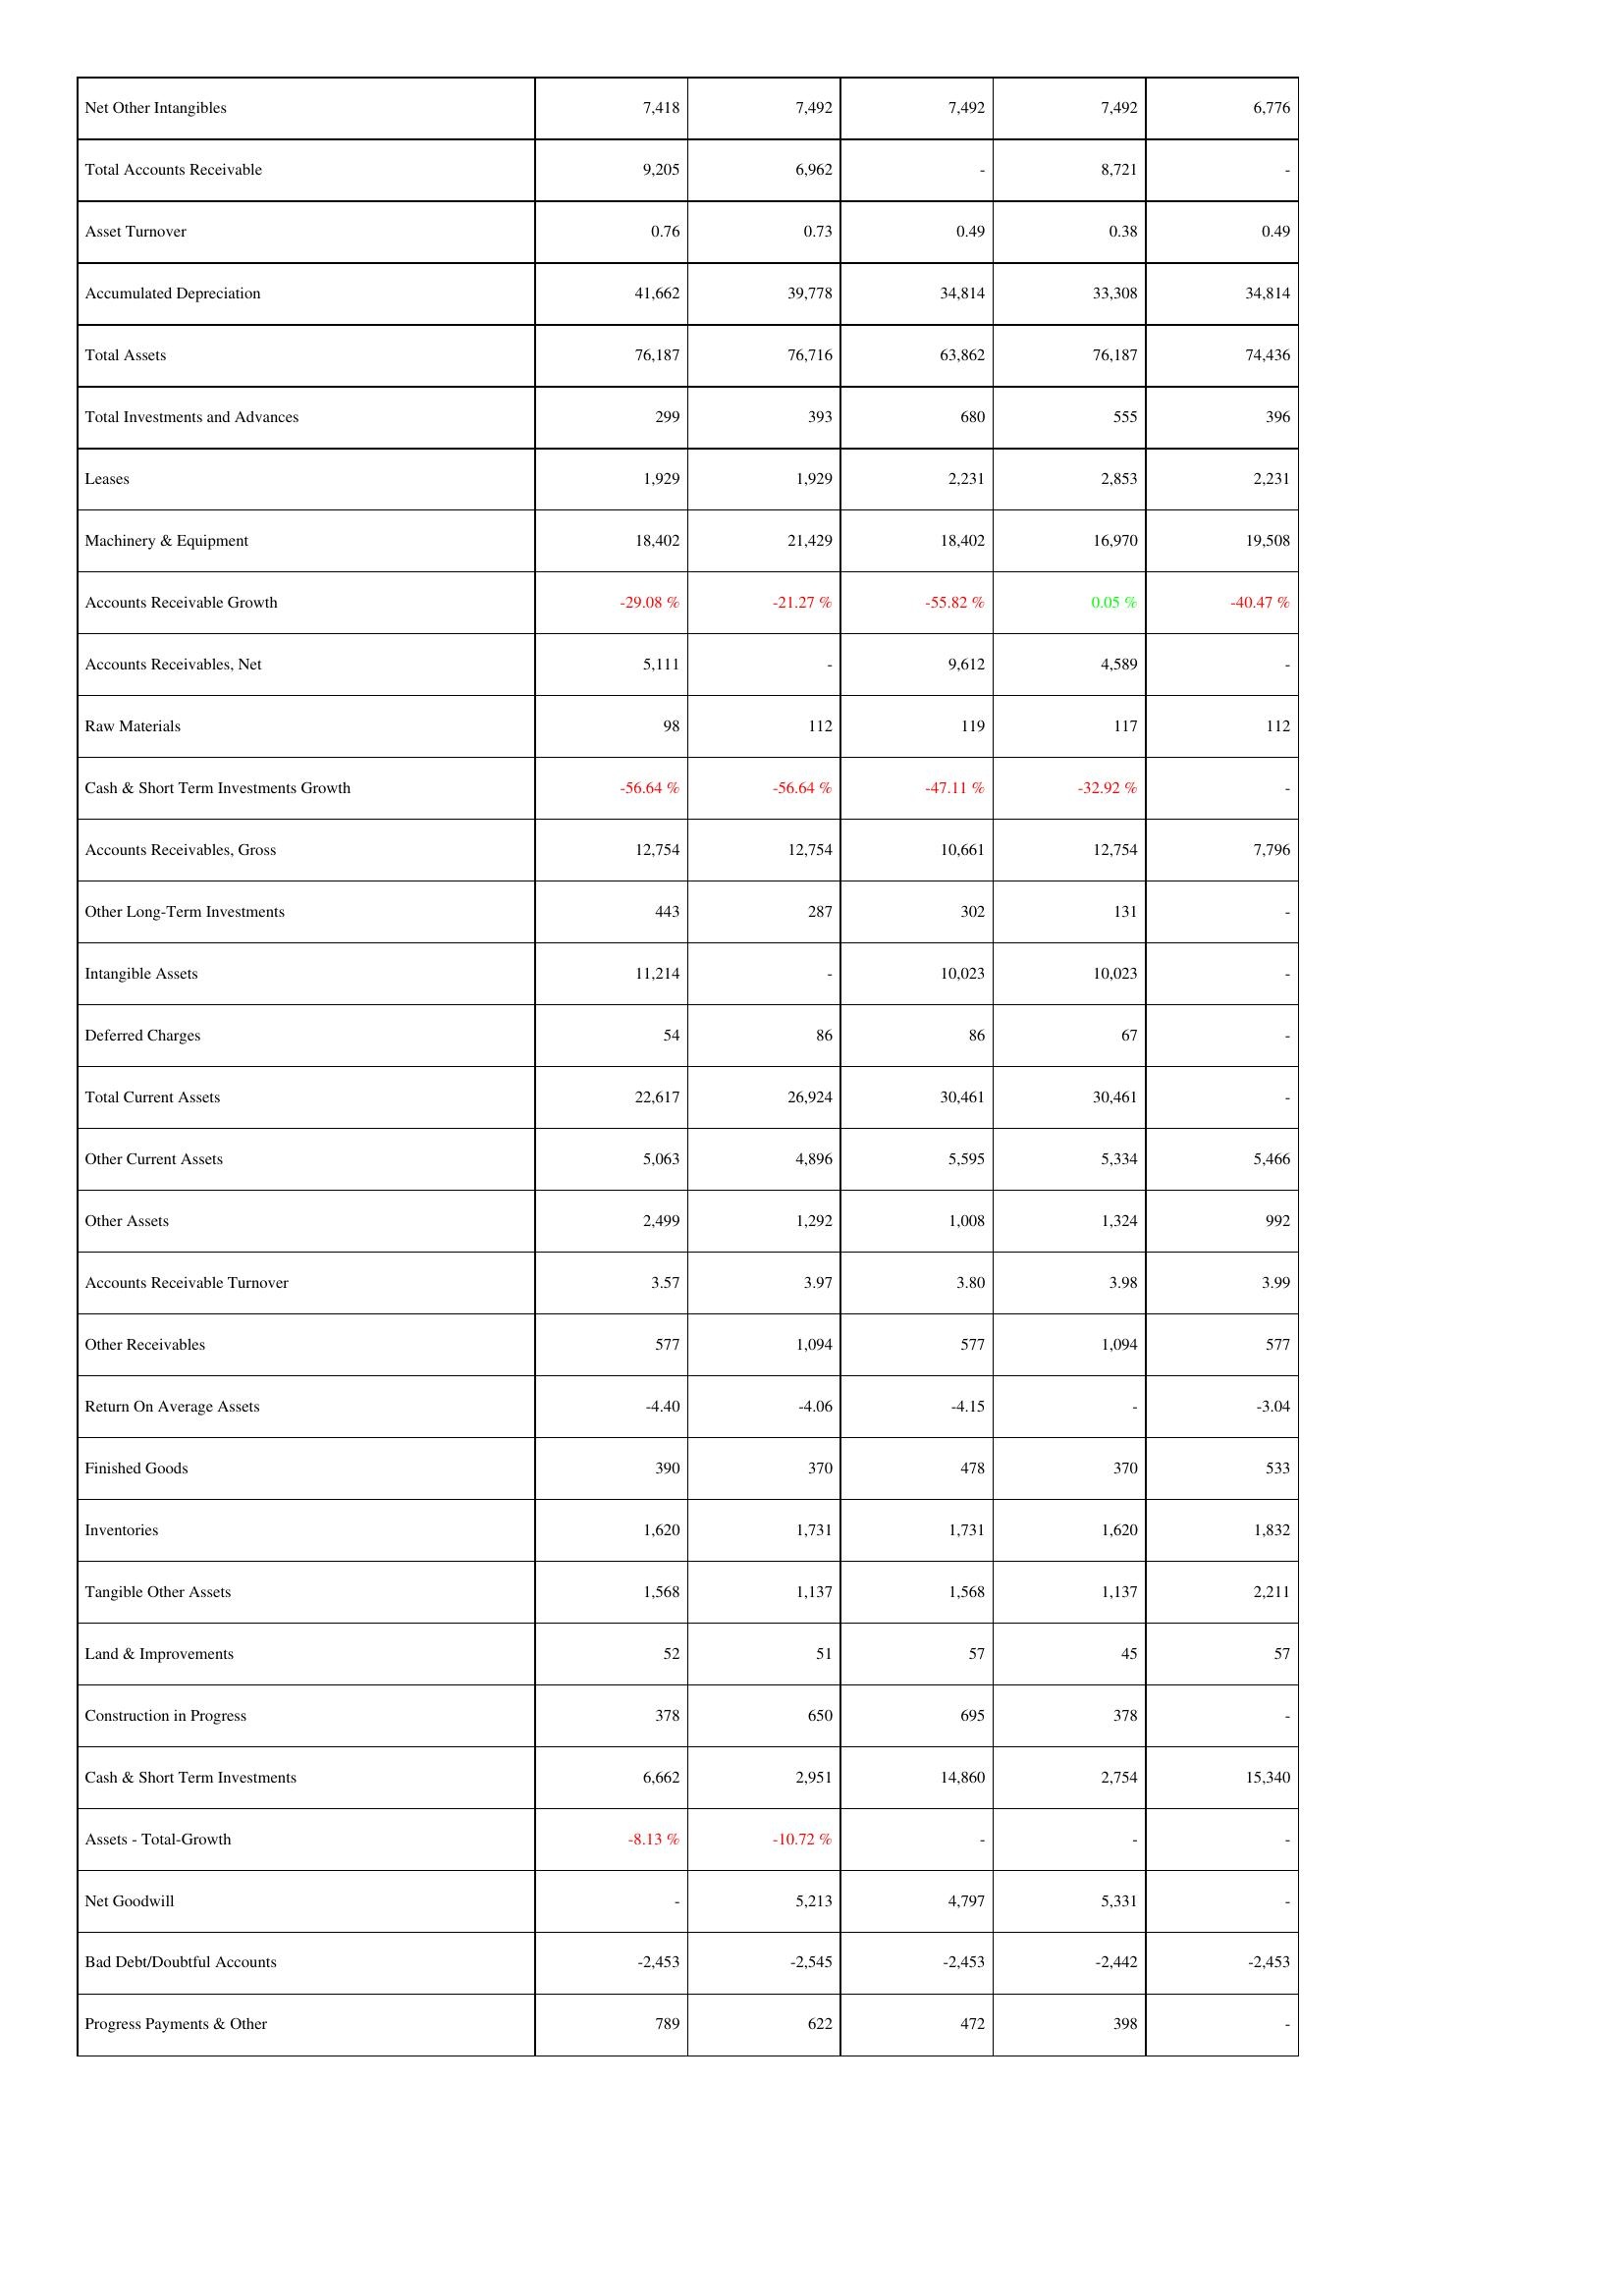
2010: Assets: Net Other Intangibles: 7,418
Total Accounts Receivable: 9,205
Asset Turnover: 0.76
Accumulated Depreciation: 41,662
Total Assets: 76,187
Total Investments and Advances: 299
Leases: 1,929
Machinery & Equipment: 18,402
Accounts Receivable Growth: -29.08 %
Accounts Receivables, Net: 5,111
Raw Materials: 98
Cash & Short Term Investments Growth: -56.64 %
Accounts Receivables, Gross: 12,754
Other Long-Term Investments: 443
Intangible Assets: 11,214
Deferred Charges: 54
Total Current Assets: 22,617
Other Current Assets: 5,063
Other Assets: 2,499
Accounts Receivable Turnover: 3.57
Other Receivables: 577
Return On Average Assets: -4.40
Finished Goods: 390
Inventories: 1,620
Tangible Other Assets: 1,568
Land & Improvements: 52
Construction in Progress: 378
Cash & Short Term Investments: 6,662
Assets - Total-Growth: -8.13 %
Net Goodwill: -
Bad Debt/Doubtful Accounts: -2,453
Progress Payments & Other: 789
2011: Assets: Net Other Intangibles: 7,492
Total Accounts Receivable: 6,962
Asset Turnover: 0.73
Accumulated Depreciation: 39,778
Total Assets: 76,716
Total Investments and Advances: 393
Leases: 1,929
Machinery & Equipment: 21,429
Accounts Receivable Growth: -21.27 %
Accounts Receivables, Net: -
Raw Materials: 112
Cash & Short Term Investments Growth: -56.64 %
Accounts Receivables, Gross: 12,754
Other Long-Term Investments: 287
Intangible Assets: -
Deferred Charges: 86
Total Current Assets: 26,924
Other Current Assets: 4,896
Other Assets: 1,292
Accounts Receivable Turnover: 3.97
Other Receivables: 1,094
Return On Average Assets: -4.06
Finished Goods: 370
Inventories: 1,731
Tangible Other Assets: 1,137
Land & Improvements: 51
Construction in Progress: 650
Cash & Short Term Investments: 2,951
Assets - Total-Growth: -10.72 %
Net Goodwill: 5,213
Bad Debt/Doubtful Accounts: -2,545
Progress Payments & Other: 622
2012: Assets: Net Other Intangibles: 7,492
Total Accounts Receivable: -
Asset Turnover: 0.49
Accumulated Depreciation: 34,814
Total Assets: 63,862
Total Investments and Advances: 680
Leases: 2,231
Machinery & Equipment: 18,402
Accounts Receivable Growth: -55.82 %
Accounts Receivables, Net: 9,612
Raw Materials: 119
Cash & Short Term Investments Growth: -47.11 %
Accounts Receivables, Gross: 10,661
Other Long-Term Investments: 302
Intangible Assets: 10,023
Deferred Charges: 86
Total Current Assets: 30,461
Other Current Assets: 5,595
Other Assets: 1,008
Accounts Receivable Turnover: 3.80
Other Receivables: 577
Return On Average Assets: -4.15
Finished Goods: 478
Inventories: 1,731
Tangible Other Assets: 1,568
Land & Improvements: 57
Construction in Progress: 695
Cash & Short Term Investments: 14,860
Assets - Total-Growth: -
Net Goodwill: 4,797
Bad Debt/Doubtful Accounts: -2,453
Progress Payments & Other: 472
2013: Assets: Net Other Intangibles: 7,492
Total Accounts Receivable: 8,721
Asset Turnover: 0.38
Accumulated Depreciation: 33,308
Total Assets: 76,187
Total Investments and Advances: 555
Leases: 2,853
Machinery & Equipment: 16,970
Accounts Receivable Growth: 0.05 %
Accounts Receivables, Net: 4,589
Raw Materials: 117
Cash & Short Term Investments Growth: -32.92 %
Accounts Receivables, Gross: 12,754
Other Long-Term Investments: 131
Intangible Assets: 10,023
Deferred Charges: 67
Total Current Assets: 30,461
Other Current Assets: 5,334
Other Assets: 1,324
Accounts Receivable Turnover: 3.98
Other Receivables: 1,094
Return On Average Assets: -
Finished Goods: 370
Inventories: 1,620
Tangible Other Assets: 1,137
Land & Improvements: 45
Construction in Progress: 378
Cash & Short Term Investments: 2,754
Assets - Total-Growth: -
Net Goodwill: 5,331
Bad Debt/Doubtful Accounts: -2,442
Progress Payments & Other: 398
2014: Assets: Net Other Intangibles: 6,776
Total Accounts Receivable: -
Asset Turnover: 0.49
Accumulated Depreciation: 34,814
Total Assets: 74,436
Total Investments and Advances: 396
Leases: 2,231
Machinery & Equipment: 19,508
Accounts Receivable Growth: -40.47 %
Accounts Receivables, Net: -
Raw Materials: 112
Cash & Short Term Investments Growth: -
Accounts Receivables, Gross: 7,796
Other Long-Term Investments: -
Intangible Assets: -
Deferred Charges: -
Total Current Assets: -
Other Current Assets: 5,466
Other Assets: 992
Accounts Receivable Turnover: 3.99
Other Receivables: 577
Return On Average Assets: -3.04
Finished Goods: 533
Inventories: 1,832
Tangible Other Assets: 2,211
Land & Improvements: 57
Construction in Progress: -
Cash & Short Term Investments: 15,340
Assets - Total-Growth: -
Net Goodwill: -
Bad Debt/Doubtful Accounts: -2,453
Progress Payments & Other: -